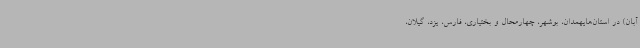
آبان) در استان‌هایهمدان، بوشهر، چهارمحال و بختیاری، فارس، یزد، گیلان،